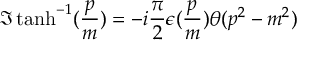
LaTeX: \Im \operatorname { t a n h } ^ { - 1 } ( \frac { p } { m } ) = - i \frac { \pi } { 2 } \epsilon ( \frac { p } { m } ) \theta ( p ^ { 2 } - m ^ { 2 } )